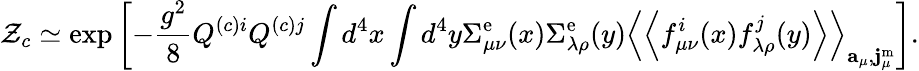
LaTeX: {\cal Z}_{c}\simeq\exp\left[-\frac{g^{2}}{8}Q^{(c)i}Q^{(c)j}\int d^{4}x\int d^{4}y\Sigma_{\mu\nu}^{\mathrm{e}}(x)\Sigma_{\lambda\rho}^{\mathrm{e}}(y)\left<\left<f_{\mu\nu}^{i}(x)f_{\lambda\rho}^{j}(y)\right>\right>_{{\mathbf a}_{\mu},{\mathbf j}_{\mu}^{\mathrm{m}}}\right].